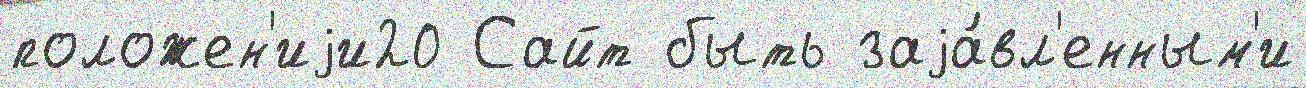
положен'иjи20 Сайт быть заjа́вл'енным'и